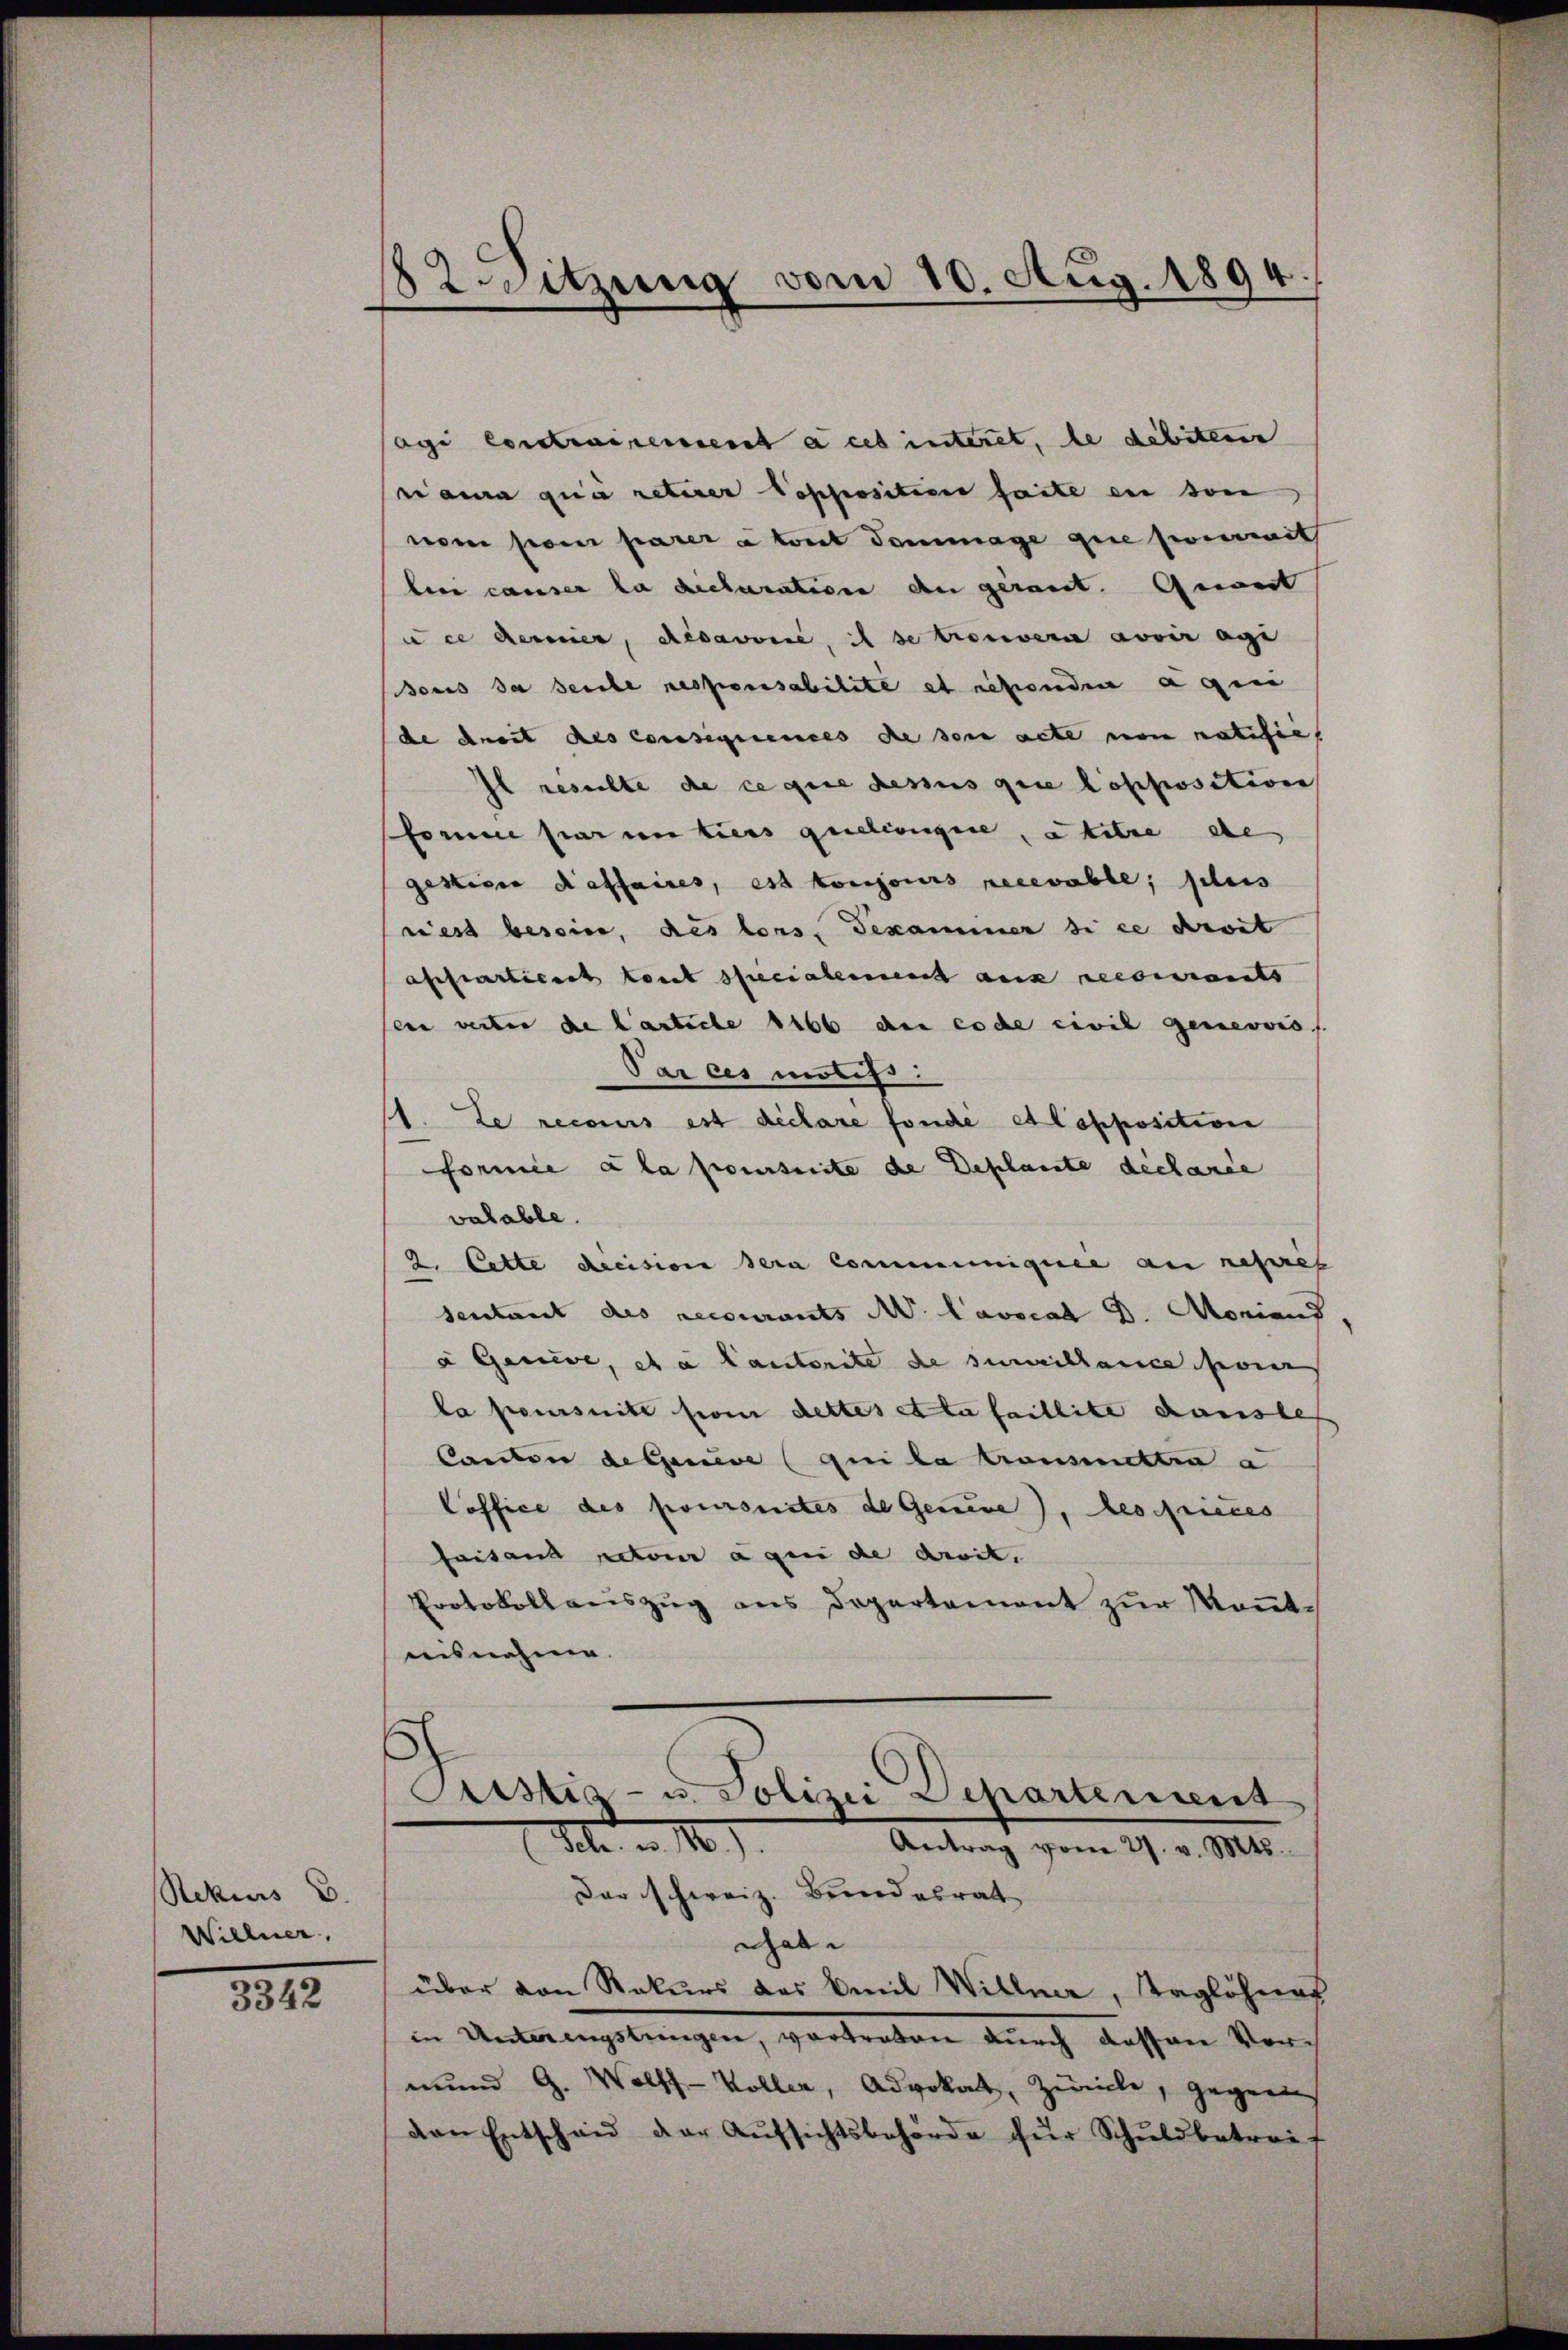
Rekurs 6.
Willner,

3342

2Sitzung vom 10. Aug. 1894

agi Contrairement a ces interet, de debiteren
ri aura qui reterer Popposition seite ein son
nem so parera tout Tommage gere somit
beni causer la Recuration den gereit. Gewert
uce derener, Resavonie, il se trouvera avoir agi
onus da seule responsabilite et nebenden a qui
de droit des Consigniences de sein acte von natisie
Il resulte de ce que dessus que lopposition
forme par un tiers quellengere, à titre de
gestiger daffaires, est toujours recevable; plus
wies besein, des lors, Gesammer si ce droit
affarlich konnt specialement aus recourants
ein verter de lastiche sieb der code civil geneovis
Par ces motifs.
1. Le recours est déclare fondé et l’oppositive
formée a la poursuite de Deschaute dechande
valable.
2. Cette decision sera communiquée au repries
sentant des recourants A. Lavocat D. Monians,
à Geneve, et a Cantorite de sumillence sein
la poursuite pom dettes et la faillite Kausle
Canton deserve qui la promettin a
Coffice des poursuites de Genere), beschieces
faisans pactoir à qui de devit.
Protokollauszug aus Departement zur Kenntnisnahme.

Pristis- u. Polizei Departement
1 I n. 11.
Antrag vom 27. v. Mts.
Der schweiz. Bundesrat

Ghabe
über von Rekurs des Emil Willner, Taglöhner
in Unterengstringen, vortreten dŭrch dessen Vermund G. Wolff-Voller, Advokat, zurücke, gegen
den Entschaŭ der Aŭfsichtsbehörde für Schŭldbetreit